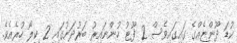
ކުޑަ ދޫންޏެއްގެ ގައިގައިވެސް 2 ފޫޓު ހުންނައިރު ބަރުދަނުގައި 2 ކިލޯ ހުރެއެވެ.